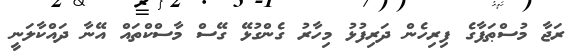
ރަޖާ މުސްޠަފާގެ ފިރިހެން ދަރިފުޅު މިހާރު ގެންގުޅޭ ގޭސް މާސްކްތައް އޭނާ ދައްކާލަނީ